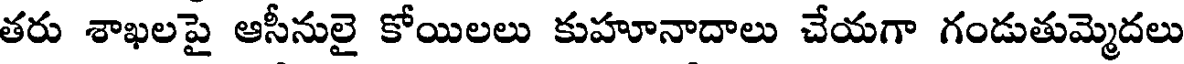
తరు శాఖలపై ఆసీనులై కోయిలలు కుహూనాదాలు చేయగా గండుతుమ్మెదలు